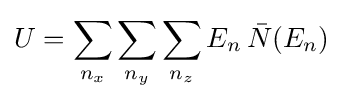
U=\sum _{n_{x}}\sum _{n_{y}}\sum _{n_{z}}E_{n}\,{\bar {N}}(E_{n})